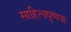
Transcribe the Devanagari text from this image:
साहित्यपुष्पचा